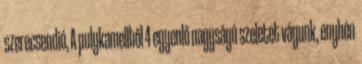
szerecsendió, A pulykamellből 4 egyenlő nagyságú szeletet vágunk, enyhén